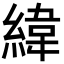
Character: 緯